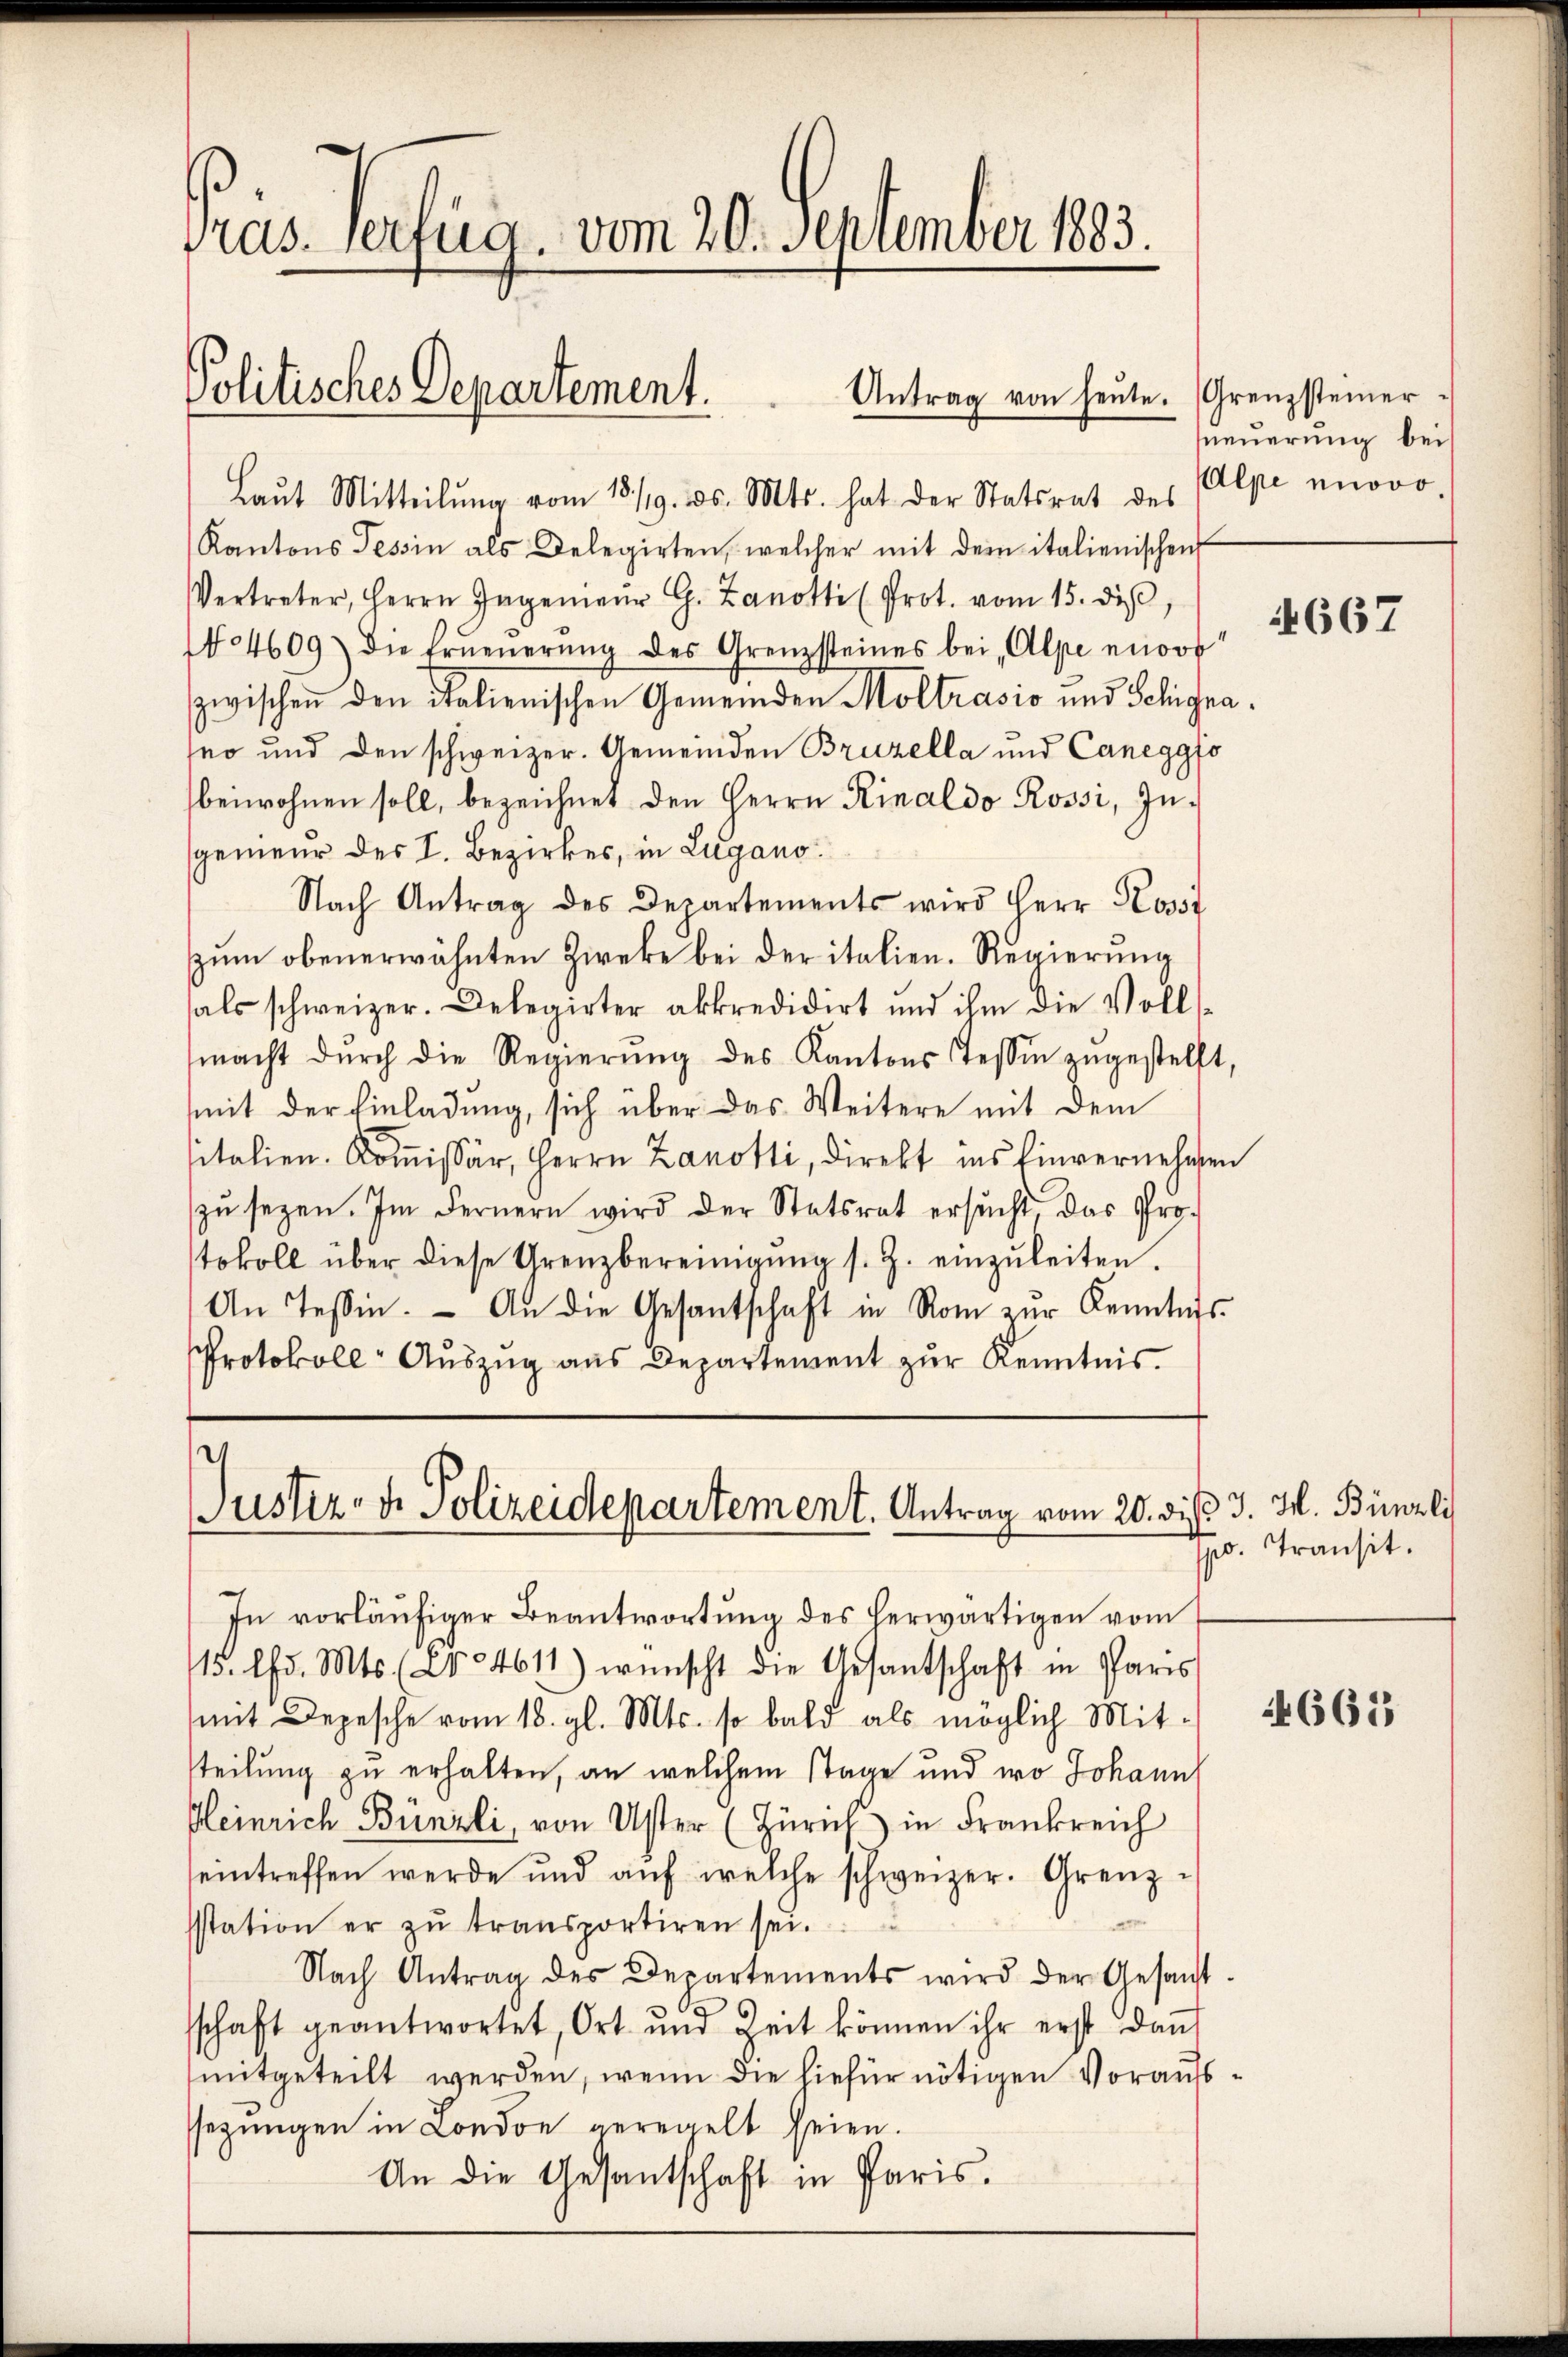
Pras. Verfug. vom 20. September 1883.

Politisches Departement.
Antrag von heute.

Laŭt Mitteilŭng vom 15./9. ds. Mts. hat der Statsrat des Alpe mnovo-
Kantons Tessin als Delegirten, welcher mit dem italienischen
Vertreter, Herrn Ingenieŭr G. Zanotti (Prot. vom 15. diβ,
No 4609) die Erneŭerŭng des Grenzsteines bei Alpe enor
zwischen den italienischen Gemeinden Moltrasio und Schignano und den schweizer. Gemeinden Bruzella und Caneggfo
beiwohnen soll, bezeichnet den Herrn Rinaldo Rossi, Ingenieur des I. Bezirkes, in Lugano
Nach Antrag des Departements wird Herr Kossz
zŭm obenerwähnten Zwecke bei der italien. Regierŭng
als schweizer. Delegirter akkredidirt und ihm die Volls-
macht dŭrch die Regierŭng des Kantons Tessin zŭgestellt,
mit der Einladung, sich über das Weitere mit dem
sitalien. Kommissär, Herrn Zanotti, direkt ins Einvernehmen
zu sezen. Im Fernern wird der Statsrat ersucht, das Protokoll über diese Grenzbereinigŭng s. Z. einzŭleiten.
An Tessin. - An die Gesantschaft in Rom zur Kenntnis
Protokoll- Aŭszŭg aŭs Departement zŭr Kenntnis.

i
Justiz- u. Polizeidepartement. Antrag vom 20. die 3. M. Bünzli

In vorläŭfiger Beantwortung des herwärtigen vom
115. Chr. Mts. (T.4611) wünscht die Gesantschaft in Paris
mit Depesche vom 18. gl. Mts. so bald als möglich Mit-
teilung zu erhalten, an welchem Tage und wo Johann
Gleinrich Bünzli, von Uster (Zürich in Frankreich
eintreffen werde und aŭf welche schweizer. Grenzsstation er zŭ transportiren sei.
Nach Antrag des Departements wird der Gesanst
sschaft geantwortet, Ort und Zeit können ihr erst dan
mitgeteilt werden, wenn die hiefür nötigen Voraufssezungen in London geregelt seien.
An die Gesandtschaft in Paris.

Grenzsteiner
neuerung bei

4667

po. Transit.

661